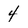
Character: 4